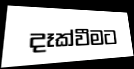
දෑක්වීමට